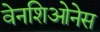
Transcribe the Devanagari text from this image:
वेनशिओनेस